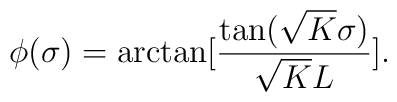
\phi(\sigma)=\arctan[\frac{\tan(\sqrt{K}\sigma)}{\sqrt{K}L}].